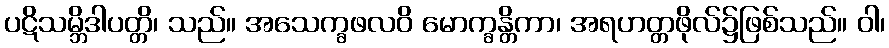
ပဋိသမ္ဘိဒါပတ္တိ၊ သည်။ အသေက္ခဖလဝိ မောက္ခန္တိကာ၊ အရဟတ္တဖိုလ်၌ဖြစ်သည်။ ဝါ၊